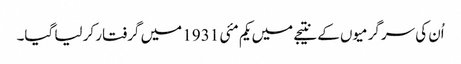
اُن کی سرگرمیوں کے نتیجے میں یکم مئی 1931 میں گرفتار کر لیا گیا۔